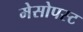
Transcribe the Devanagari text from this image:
मेसोपस्ट